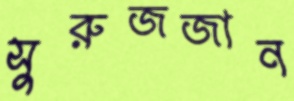
সুরুজজান